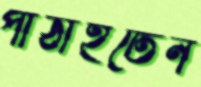
পাঠাইতেন